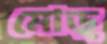
মোড়্‌